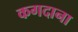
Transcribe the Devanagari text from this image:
कगदाना